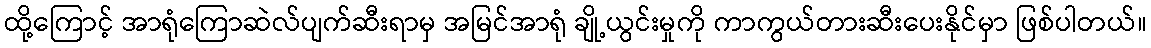
ထို့ကြောင့် အာရုံကြောဆဲလ်ပျက်ဆီးရာမှ အမြင်အာရုံ ချို့ယွင်းမှုကို ကာကွယ်တားဆီးပေးနိုင်မှာ ဖြစ်ပါတယ်။